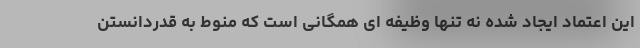
این اعتماد ایجاد شده نه تنها وظیفه ای همگانی است که منوط به قدردانستن